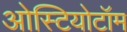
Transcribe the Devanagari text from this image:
ओस्टियोटॉम